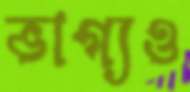
ভাগ্যও